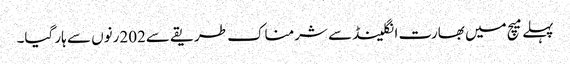
پہلے میچ میں بھارت انگلینڈ سے شرمناک طریقے سے202رنوں سے ہار گیا۔